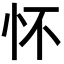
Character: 怀